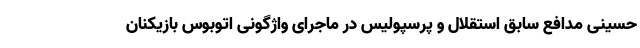
حسینی مدافع سابق استقلال و پرسپولیس در ماجرای واژگونی اتوبوس بازیکنان